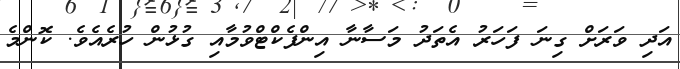
އަދި ވަރަށް ގިނަ ފަހަރު އެތަދު މަސާނާ އިންފެކްޓްވުމާއި ގުޅުން ހުރެއެވެ. ކޮންމެ